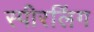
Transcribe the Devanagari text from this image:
स्पीरलिंग